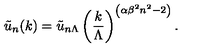
{ \tilde { u } _ { n } ( k ) } = { \tilde { u } _ { n \Lambda } } \left( { \frac { k } { \Lambda } } \right) ^ { \left( \alpha { \beta ^ { 2 } } n ^ { 2 } - 2 \right) } .